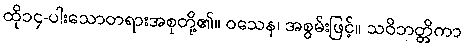
ထို၁၄-ပါးသောတရားအစုတို့၏။ ဝသေန၊ အစွမ်းဖြင့်။ သဝိဘတ္တိကာ